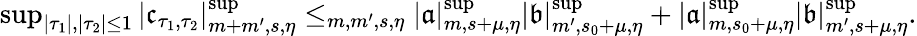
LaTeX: \begin{array}{r}{\operatorname*{sup}_{|\tau_{1}|,|\tau_{2}|\le 1}|\mathfrak{c}_{\tau_{1},\tau_{2}}|_{m+m^{\prime},s,\eta}^{\operatorname*{sup}}\le_{m,m^{\prime},s,\eta}|\mathfrak{a}|_{m,s+\mu,\eta}^{\operatorname*{sup}}|\mathfrak{b}|_{m^{\prime},s_{0}+\mu,\eta}^{\operatorname*{sup}}+|\mathfrak{a}|_{m,s_{0}+\mu,\eta}^{\operatorname*{sup}}|\mathfrak{b}|_{m^{\prime},s+\mu,\eta}^{\operatorname*{sup}}.}\end{array}